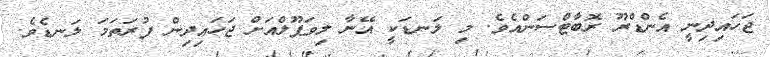
ޖަހައިދިނީ އެންޑްރޫ ރޮބާޓްސަންއެވެ. މި ލަނޑަކީ އޭނާ ލިވަޕޫލްއަށް ޖަހައިދިން ފުރަތަމަ ލަނޑެވެ.